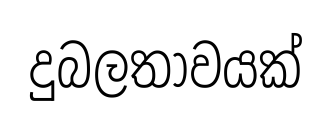
දුබලතාවයක්